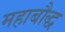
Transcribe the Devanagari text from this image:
महाबौद्ध